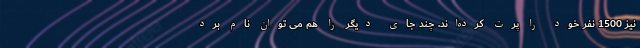
نیز 1500 نفر خود را پرت کرده‌اند. چند جای دیگر را هم می توان نام برد